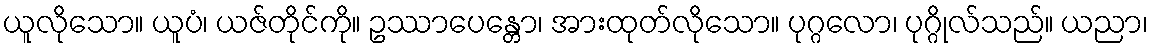
ယူလိုသော။ ယူပံ၊ ယဇ်တိုင်ကို။ ဥဿာပေန္တော၊ အားထုတ်လိုသော။ ပုဂ္ဂလော၊ ပုဂ္ဂိုလ်သည်။ ယညာ၊